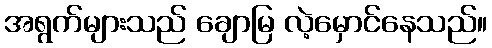
အရွက်များသည် ချောမြ လဲ့မှောင်နေသည်။